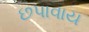
છપાવાય